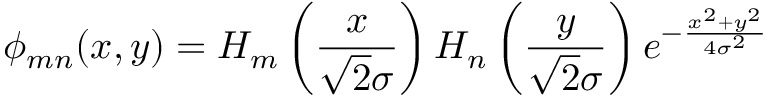
\phi _ { m n } ( x , y ) = H _ { m } \left( \frac { x } { \sqrt { 2 } \sigma } \right) H _ { n } \left( \frac { y } { \sqrt { 2 } \sigma } \right) e ^ { - \frac { x ^ { 2 } + y ^ { 2 } } { 4 \sigma ^ { 2 } } }